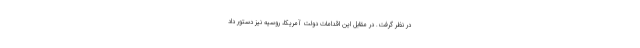
در نظر گرفت. در مقابل این اقدامات دولت آمریکا، روسیه نیز دستور داد